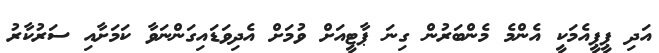
އަދި ޕީޕީއެމަކީ އެންމެ މެންބަރުން ގިނަ ޕާޓީއަށް ވުމަށް އެދިވަޑައިގަންނަވާ ކަމަށާއި ސަރުކާރު